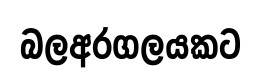
බලඅරගලයකට